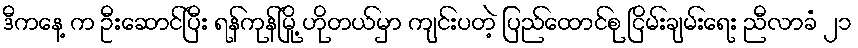
ဒီကနေ့ က ဦးဆောင်ပြီး ရန်ကုန်မြို့ ဟိုတယ်မှာ ကျင်းပတဲ့ ပြည်ထောင်စု ငြိမ်းချမ်းရေး ညီလာခံ ၂၁